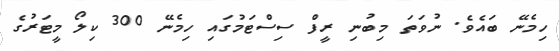
ހިމެނޭ ބައެވެ. ނުވަތަ މިބުނި ރީފް ސިސްޓަމުގައި ހިމެނޭ 300 ކިލޯ މީޓަރުގެ